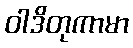
ဝါဒိတုကာမာ